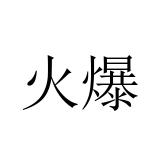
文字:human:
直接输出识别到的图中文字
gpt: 火爆